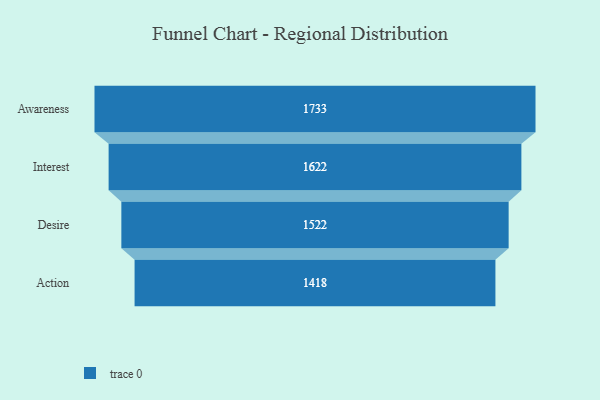
{"axis": {"x": "Stage", "y": "Value"}, "legend": [""], "data": [{"x": "Awareness", "y": 1733.0, "type": ""}, {"x": "Interest", "y": 1622.0, "type": ""}, {"x": "Desire", "y": 1522.0, "type": ""}, {"x": "Action", "y": 1418.0, "type": ""}]}